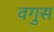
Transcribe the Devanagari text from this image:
वगुस